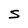
Character: S